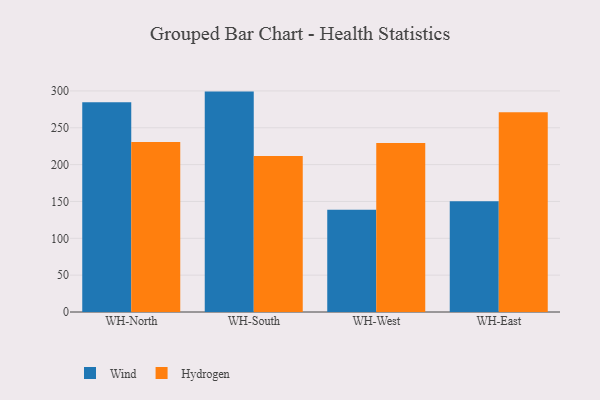
{"axis": {"x": "Warehouse", "y": "Demand Index"}, "legend": ["Hydrogen", "Wind"], "data": [{"x": "WH-North", "y": 284.8, "type": "Wind"}, {"x": "WH-North", "y": 230.6, "type": "Hydrogen"}, {"x": "WH-South", "y": 299.1, "type": "Wind"}, {"x": "WH-South", "y": 211.8, "type": "Hydrogen"}, {"x": "WH-West", "y": 138.9, "type": "Wind"}, {"x": "WH-West", "y": 229.4, "type": "Hydrogen"}, {"x": "WH-East", "y": 150.4, "type": "Wind"}, {"x": "WH-East", "y": 271.0, "type": "Hydrogen"}]}